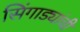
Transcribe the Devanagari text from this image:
सिंगाड्यांची